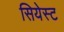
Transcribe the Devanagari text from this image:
सियेस्ट